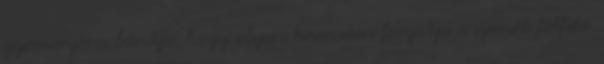
gyomorgörcs bántja, hogy olyan keservesen forgatja a szemét fölfelé.